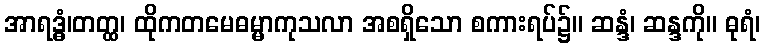
အာရဒ္ဓံ၊တတ္ထ၊ ထိုကတမေဓမ္မာကုသလာ အစရှိသော စကားရပ်၌။ ဆန္ဒံ၊ ဆန္ဒကို။ ဓုရံ၊